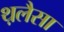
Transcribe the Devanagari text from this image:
थ़लैसा